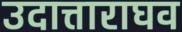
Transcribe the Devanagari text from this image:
उदात्ताराघव